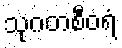
သုဂတစီဝရံ